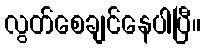
လွတ်စေချင်နေပါပြီ။